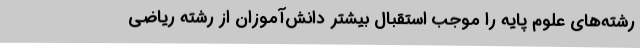
رشته‌های علوم پایه را موجب استقبال بیشتر دانش‌آموزان از رشته ریاضی